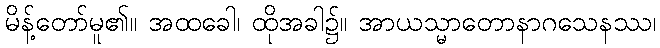
မိန့်တော်မူ၏။ အထခေါ၊ ထိုအခါ၌။ အာယသ္မာတောနာဂသေနဿ၊